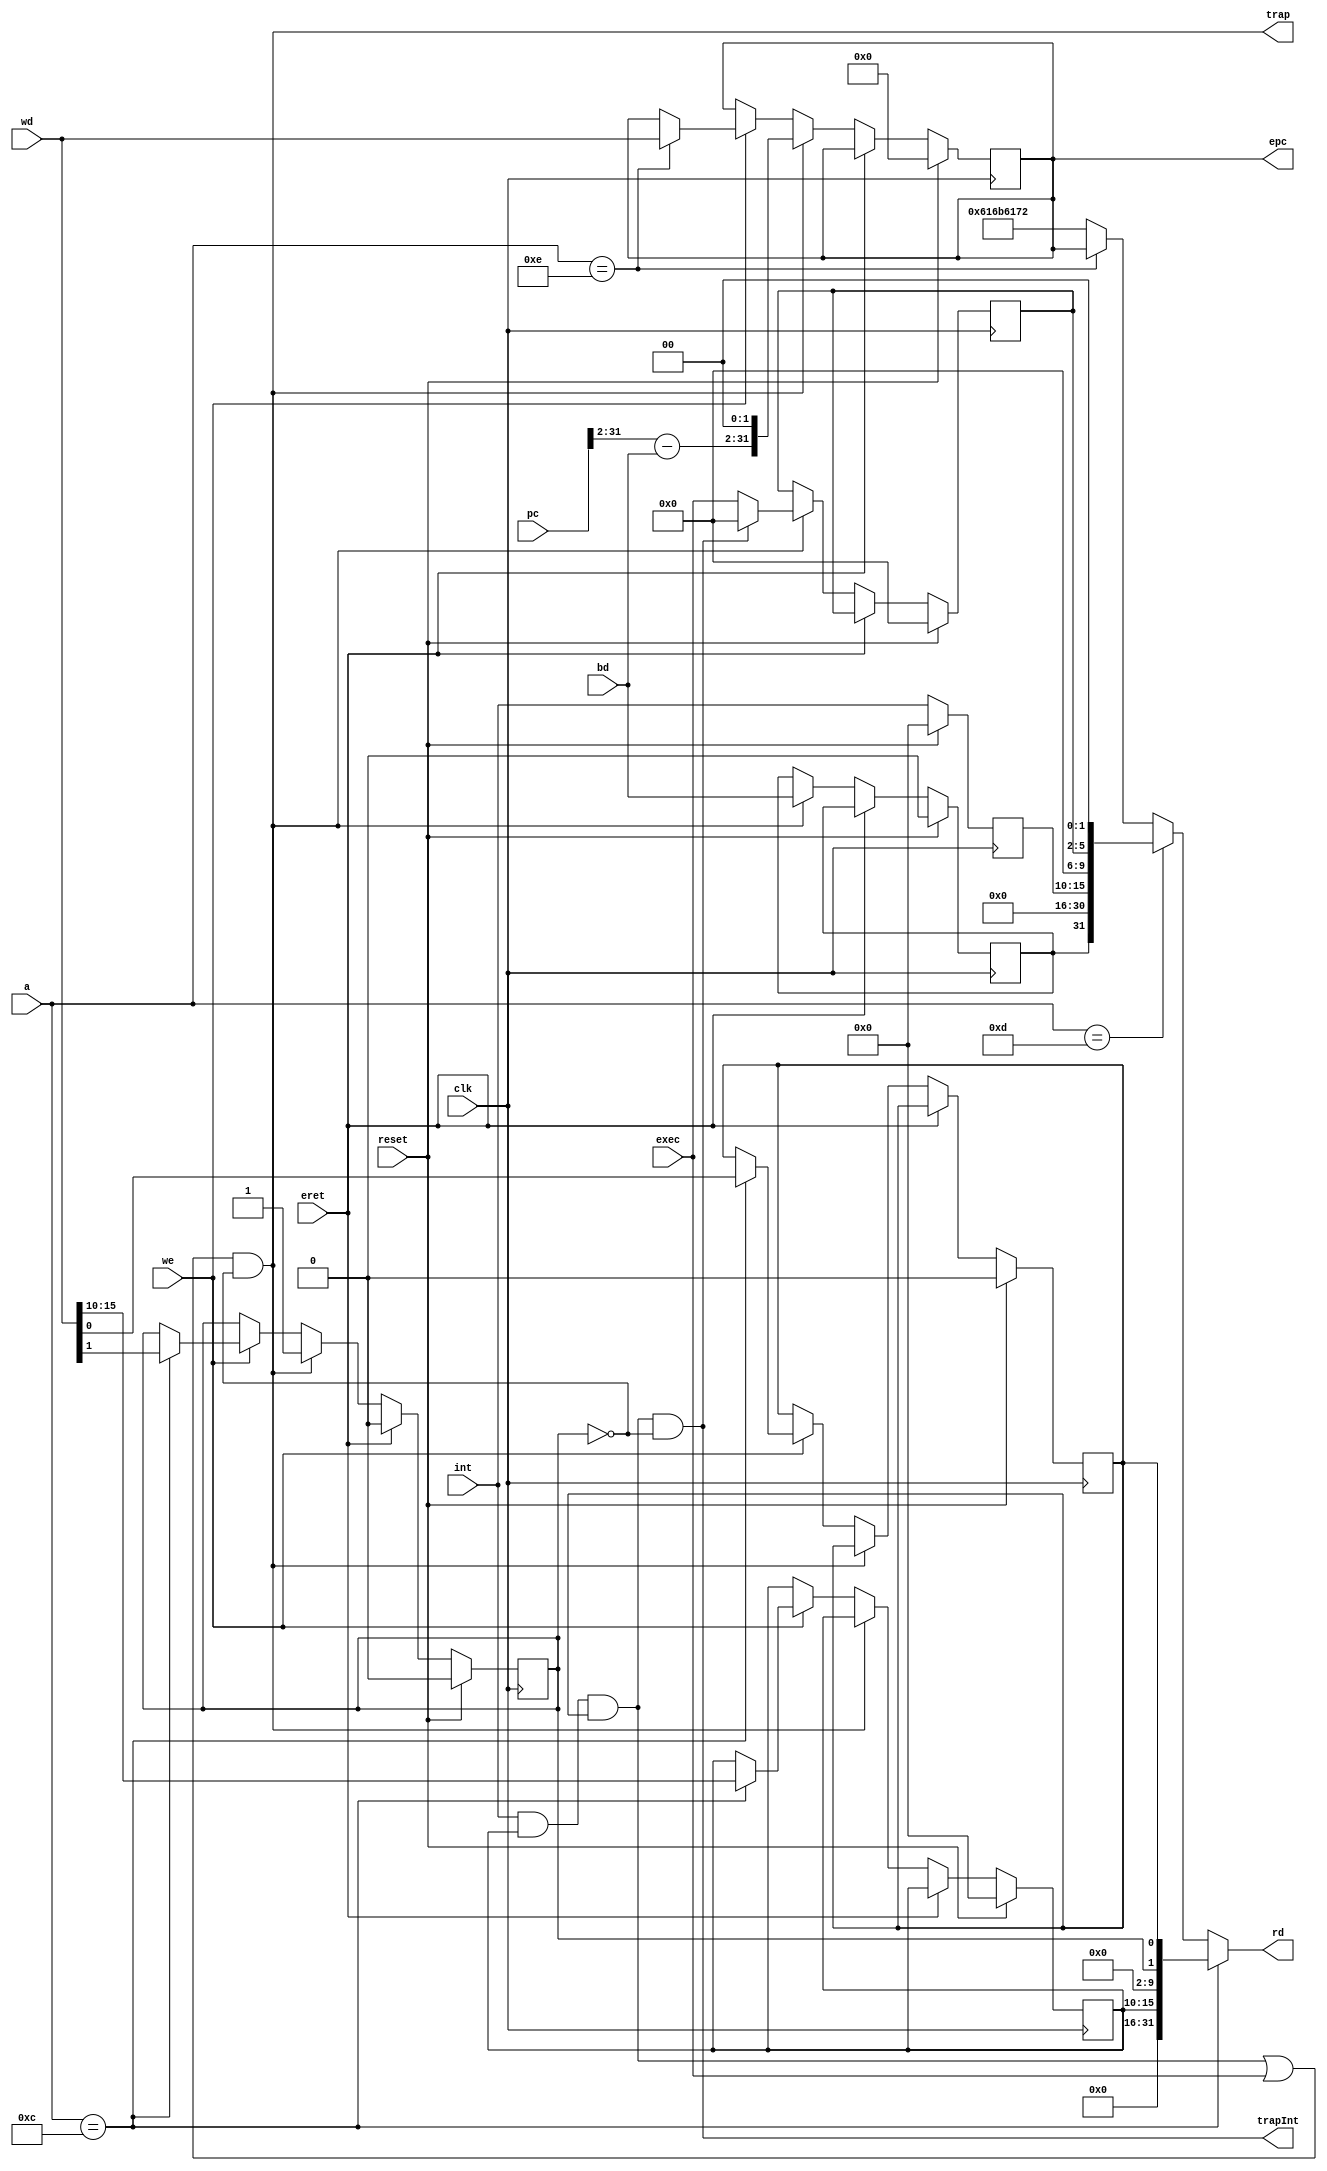
`timescale 1ns / 1ps

module CP0(
    input clk, reset, we,
    input [4:0] a,
    input [31:0] wd, pc,
    input bd,
    input [3:0] exec,
    input [5:0] int,
    input eret,
    output [31:0] rd,
    output reg [31:0] epc,
    output trap, trapInt
    );

    localparam SR = 12, CAUSE = 13, EPC = 14;

    reg [5:0] srIm;
    reg srExl, srIe;
    wire [31:0] sr = { 16'b0, srIm, 8'b0, srExl, srIe };

    reg [5:0] csIp;
    reg [3:0] csExec;  // shorten from 5-bit
    reg csBd;
    wire [31:0] cause = { csBd, 15'b0, csIp, 4'b0, csExec, 2'b0 };

    wire [31:0] prid = 'h616b6172;

    assign rd = a == SR ? sr :
                a == CAUSE ? cause :
                a == EPC ? epc : prid;

    wire i = (int & srIm) && srIe;  // srExl is considered later
    assign trap = (i || exec) && ~srExl;  // not only int, but also exe
    assign trapInt = i && ~srExl;

    always @(posedge clk) begin
        if (reset) begin
            { srIm, srExl, srIe, csIp, csExec, csBd, epc } <= 0;
            // srIe <= 1;  // ?
        end else begin
            csIp <= int;
            if (eret)  // ?
                srExl <= 0;
            else if (trap) begin
                // put this former to trap eret properly in user mode
                srExl <= 1;
                csExec <= trapInt ? 0 : exec;  // int first
                csBd <= bd;
                epc <= { pc[31:2] - bd, 2'b0 };
            end else if (we) case (a)  // it also conflicts with writing to srExl
                SR: begin
                    srIm <= wd[15:10];
                    srExl <= wd[1];  // ?
                    srIe <= wd[0];
                end
                EPC:
                    epc <= wd;  // could be illegal and cause excepton after return
            endcase
        end
    end
endmodule